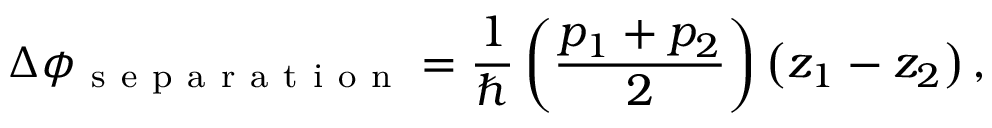
\Delta \phi _ { \mathrm { ~ s ~ e ~ p ~ a ~ r ~ a ~ t ~ i ~ o ~ n ~ } } = \frac { 1 } { \hbar } \left( \frac { p _ { 1 } + p _ { 2 } } { 2 } \right) \left( z _ { 1 } - z _ { 2 } \right) ,